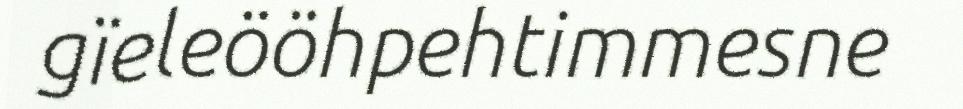
gïeleööhpehtimmesne